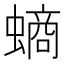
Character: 螪